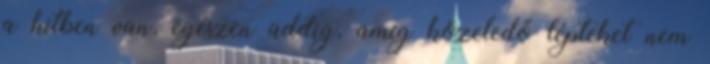
a hitben van, egészen addig, amíg közeledő lépteket nem